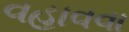
વહાવવા